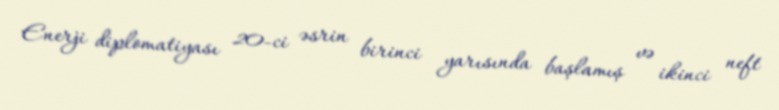
Enerji diplomatiyası 20-ci əsrin birinci yarısında başlamış və ikinci neft